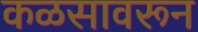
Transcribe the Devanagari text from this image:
कळसावरून